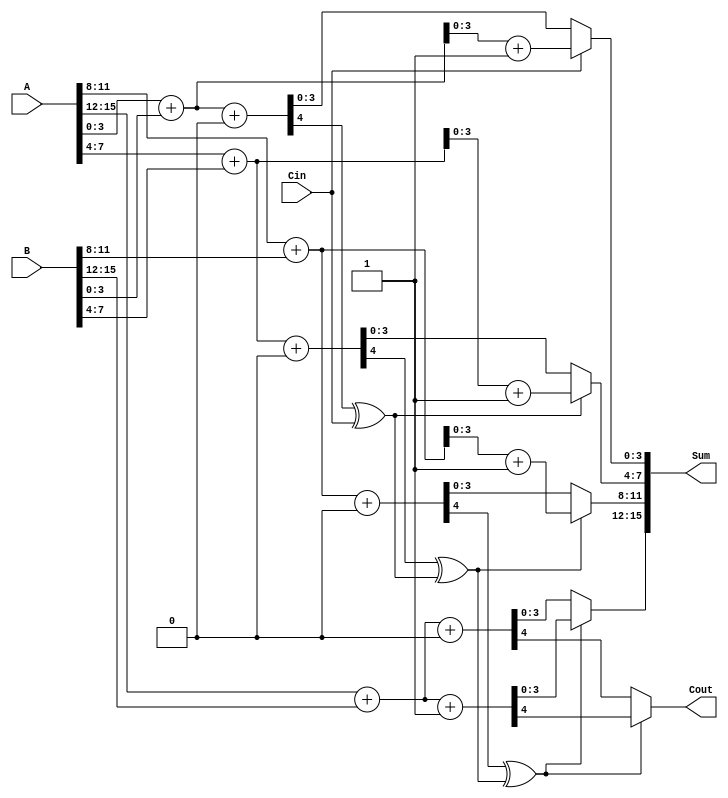
module dynamic_carry_select_adder #(
    parameter BIT_WIDTH = 16, // Parameterize the bit width
    parameter SEGMENTS = 4    // Number of segments (2, 4, 8, etc.)
)(
    input [BIT_WIDTH-1:0] A,
    input [BIT_WIDTH-1:0] B,
    input Cin,
    output [BIT_WIDTH-1:0] Sum,
    output Cout
);

    localparam SEGMENT_WIDTH = BIT_WIDTH / SEGMENTS;
    
    // Intermediate signals
    wire [SEGMENT_WIDTH-1:0] sum0 [0:SEGMENTS-1];
    wire [SEGMENT_WIDTH-1:0] sum1 [0:SEGMENTS-1];
    wire carry0 [0:SEGMENTS-1];
    wire carry1 [0:SEGMENTS-1];
    wire carry_out [0:SEGMENTS-1];

    // Generate segments
    genvar i;
    generate
        for (i = 0; i < SEGMENTS; i = i + 1) begin : segment
            wire [SEGMENT_WIDTH-1:0] A_seg = A[i*SEGMENT_WIDTH +: SEGMENT_WIDTH];
            wire [SEGMENT_WIDTH-1:0] B_seg = B[i*SEGMENT_WIDTH +: SEGMENT_WIDTH];

            // Compute sum when carry-in is 0
            assign {carry0[i], sum0[i]} = A_seg + B_seg + 0;
            // Compute sum when carry-in is 1
            assign {carry1[i], sum1[i]} = A_seg + B_seg + 1;
        end
    endgenerate

    // MUX to select sums based on carry-in
    wire [SEGMENTS-1:0] carry_select;
    assign carry_select[0] = Cin ^ 0; // Carry in for the first segment is just Cin
    generate
        for (i = 1; i < SEGMENTS; i = i + 1) begin : carry_propagation
            assign carry_select[i] = carry0[i-1] ^ carry_select[i-1];
        end
    endgenerate

    // Assign sums based on carry selection
    generate
        for (i = 0; i < SEGMENTS; i = i + 1) begin : mux
            assign Sum[i*SEGMENT_WIDTH +: SEGMENT_WIDTH] = 
                carry_select[i] ? sum1[i] : sum0[i];
            assign carry_out[i] = carry_select[i] ? carry1[i] : carry0[i];
        end
    endgenerate

    // Final carry out
    assign Cout = carry_out[SEGMENTS-1];

endmodule